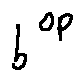
b ^ { o p }